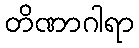
တိဏာဂါရာ